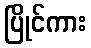
ပြိုင်ကား